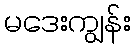
မဒေးကျွန်း